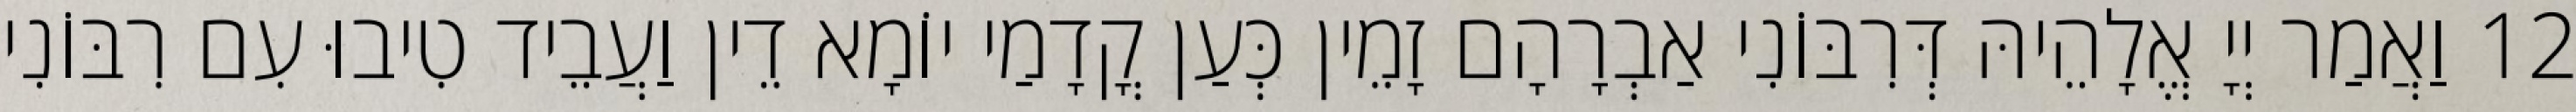
12 וַאֲמַר יְיָ אֱלָהֵיהּ דְּרִבּוֹנִי אַבְרָהָם זָמֵין כְּעַן קֳדָמַי יוֹמָא דֵין וַעֲבֵיד טִיבוּ עִם רִבּוֹנִי